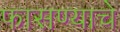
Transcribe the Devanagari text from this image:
फासण्याचे